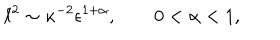
\ell ^ { 2 } \sim \kappa ^ { - 2 } \epsilon ^ { 1 + \alpha } , \qquad 0 < \alpha < 1 ,